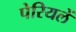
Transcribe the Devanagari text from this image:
पेरियलें